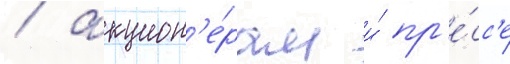
/ акцион'е́рам и́ пр'е́сс'е